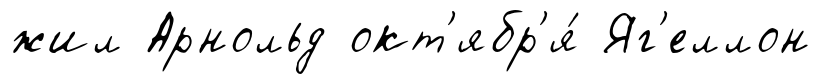
жил Арнольд окт'ябр'я́ Яг'еллон